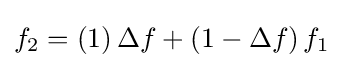
{\textstyle f_{2}=\left(1\right)\Delta f+\left(1-\Delta f\right)f_{1}}